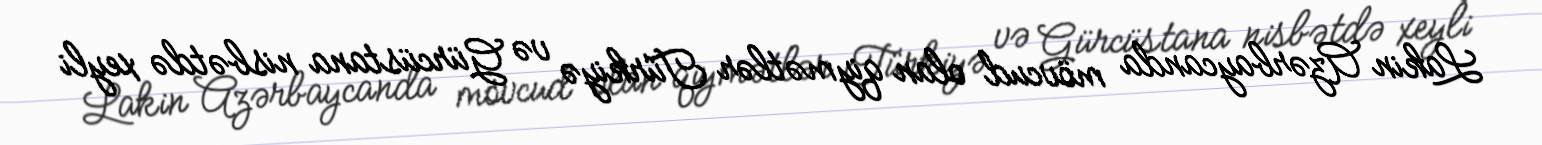
Lakin Azərbaycanda mövcud olan qiymətlər Türkiyə və Gürcüstana nisbətdə xeyli